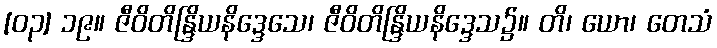
[၀၃] ၁၉။ ဇီဝိတိန္ဒြိယနိဒ္ဒေသေ၊ ဇီဝိတိန္ဒြိယနိဒ္ဒေသ၌။ တိ၊ ယော၊ တေသံ